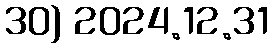
30) 2024.12.31